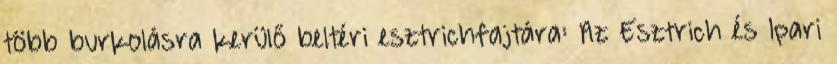
több burkolásra kerülő beltéri esztrichfajtára: Az Esztrich és Ipari